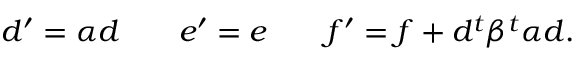
d ^ { \prime } = \alpha d \; \; \; \; \; \; \; e ^ { \prime } = e \; \; \; \; \; \; \; f ^ { \prime } = f + d ^ { t } \beta ^ { t } \alpha d .